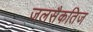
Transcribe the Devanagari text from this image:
जलसैकतिज